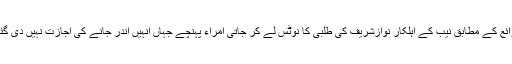
ذرائع کے مطابق نیب کے اہلکار نوازشریف کی طلبی کا نوٹس لے کر جاتی امراء پہنچے جہاں انہیں اندر جانے کی اجازت نہیں دی گئی۔